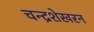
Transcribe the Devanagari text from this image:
चन्‍द्रशेखरन